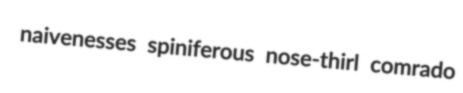
naivenesses spiniferous nose-thirl comrado